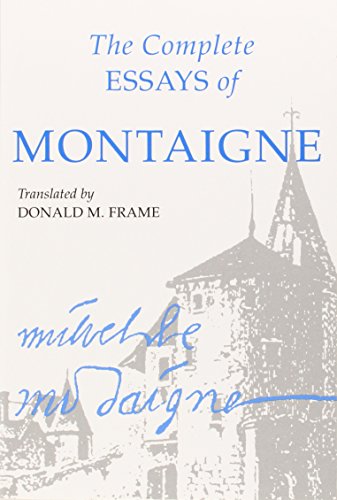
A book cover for The Complete Essays of Montaigne; Michel de Montaigne; Politics & Social Sciences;